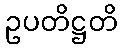
ဥပတိဋ္ဌတိ